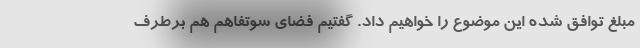
مبلغ توافق شده این موضوع را خواهیم داد. گفتیم فضای سوتفاهم هم برطرف